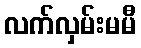
လက်လှမ်းမမီ